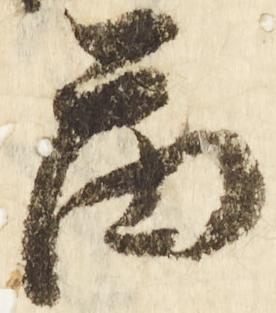
図